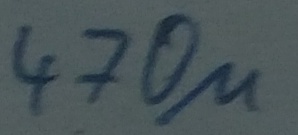
Text: 470µ